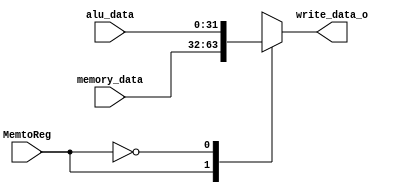
// Write Data back to register file
module WB(
    input               MemtoReg,
    input [31:0]        memory_data,
    input [31:0]        alu_data,
    output reg [31:0]   write_data_o
);

    always @(*) begin
        case(MemtoReg)
        1'b1:       write_data_o <= memory_data;
        1'b0:       write_data_o <= alu_data;
        default:    write_data_o <= 32'b0;
        endcase
    end
endmodule